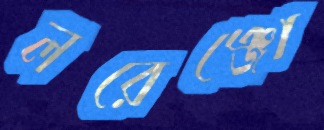
লরেঞ্জো